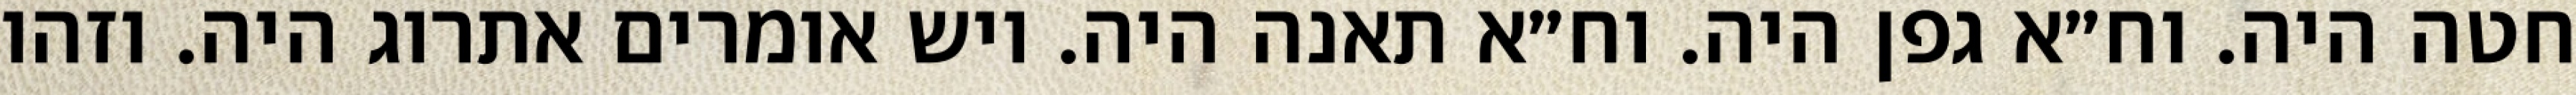
חטה היה. וח״א גפן היה. וח״א תאנה היה. ויש אומרים אתרוג היה. וזהו